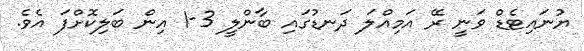
ޔުނައިޓެޑް ވަނީ ރޭ އަމިއްލަ ދަނޑުގައި ބާންލީ 3-1 އިން ބަލިކޮށްފަ އެވެ.